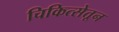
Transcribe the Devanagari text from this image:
चिकित्सेतून